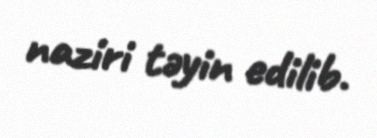
naziri təyin edilib.